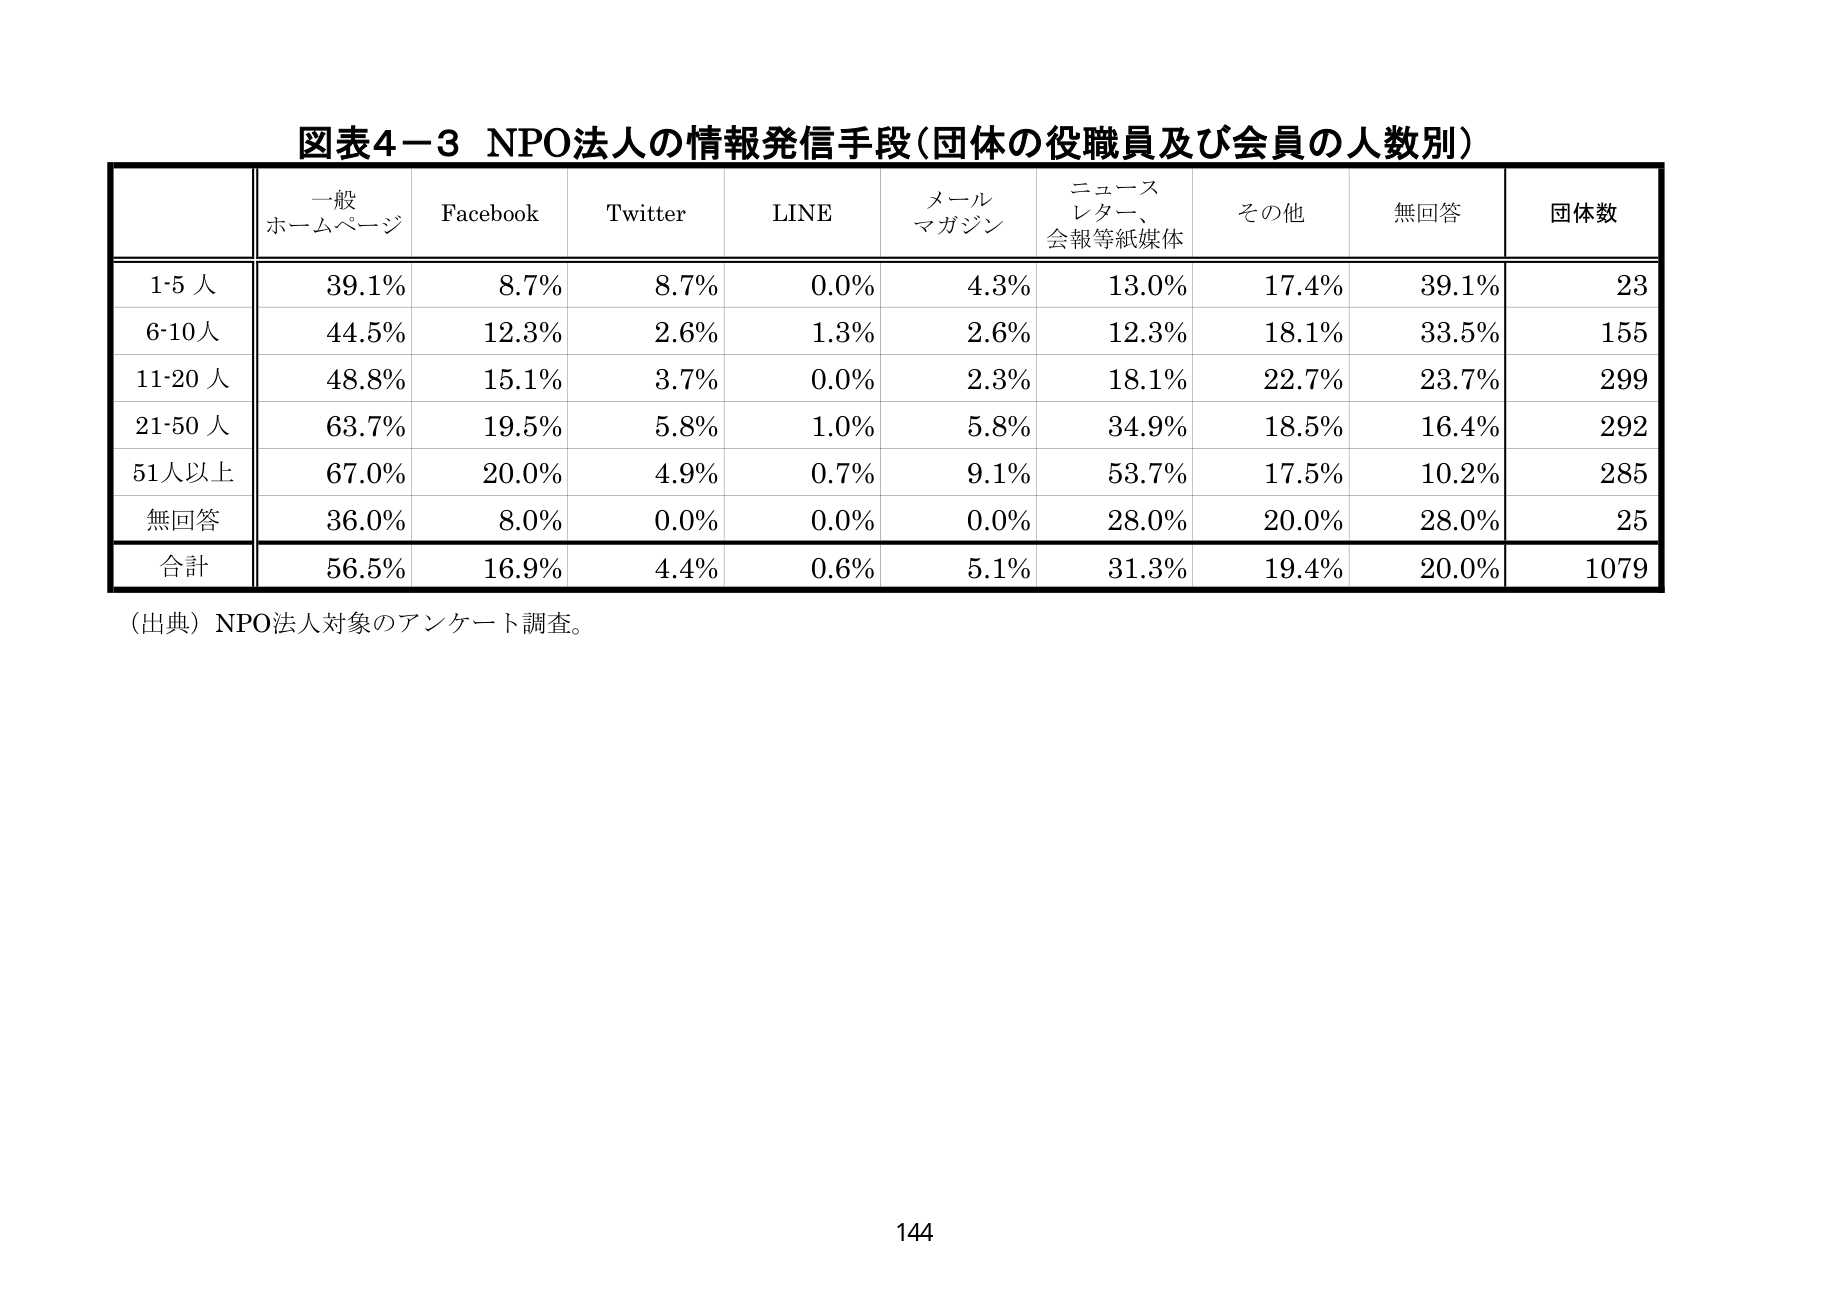
図表4－3 NPO法人の情報発信手段（団体の役職員及び会員の人数別）

一般
ホームページ　Facebook　Twitter　LINE　メール
マガジン　ニュース
レター、
会報等紙媒体　その他　無回答　団体数

1-5人　39.1%　8.7%　8.7%　0.0%　4.3%　13.0%　17.4%　39.1%　23
6-10人　44.5%　12.3%　2.6%　1.3%　2.6%　12.3%　18.1%　33.5%　155
11-20人　48.8%　15.1%　3.7%　0.0%　2.3%　18.1%　22.7%　23.7%　299
21-50人　63.7%　19.5%　5.8%　1.0%　5.8%　34.9%　18.5%　16.4%　292
51人以上　67.0%　20.0%　4.9%　0.7%　9.1%　53.7%　17.5%　10.2%　285
無回答　36.0%　8.0%　0.0%　0.0%　0.0%　28.0%　20.0%　28.0%　25
合計　56.5%　16.9%　4.4%　0.6%　5.1%　31.3%　19.4%　20.0%　1079

（出典）NPO法人対象のアンケート調査。

144